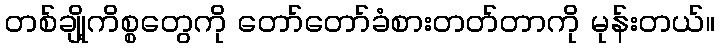
တစ်ချို့ကိစ္စတွေကို တော်တော်ခံစားတတ်တာကို မုန်းတယ်။